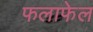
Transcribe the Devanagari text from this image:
फलाफेल